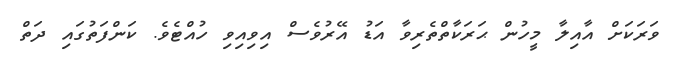
ވަރަަކަށް އާއިލާ މީހުން ޙަރަކާތްތެރިވާ އަޑު އޭރުވެސް އިވިއިވި ހުއްޓެވެ. ކަންފަތުގައި ދަތް